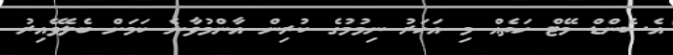
އެސެންޑް މޭޓް ހަތެއް މި އަހަރު ނިމުމުގެ ކުރިން އާންމުވާނެ ކަމަށް ބެލެވޭއިރު